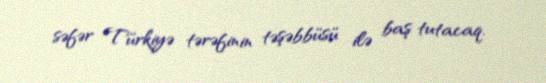
səfər Türkiyə tərəfinin təşəbbüsü ilə baş tutacaq.